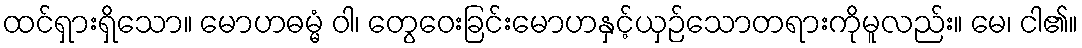
ထင်ရှားရှိသော။ မောဟဓမ္မံ ဝါ၊ တွေဝေးခြင်းမောဟနှင့်ယှဉ်သောတရားကိုမူလည်း။ မေ၊ ငါ၏။